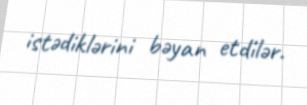
istədiklərini bəyan etdilər.